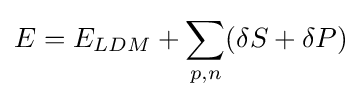
E=E_{LDM}+\sum _{p,n}(\delta S+\delta P)